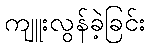
ကျူးလွန်ခဲ့ခြင်း